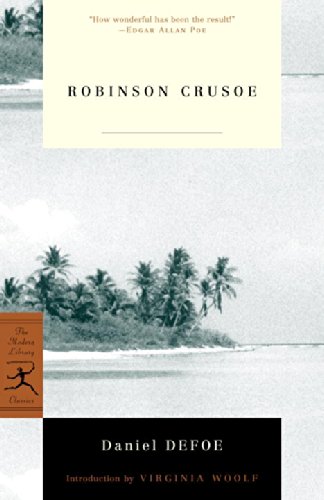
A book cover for Robinson Crusoe (Modern Library Classics); Daniel Defoe; Literature & Fiction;